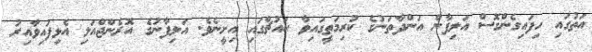
އަތުގައި ހިފައިގެންގޮސް އަލިފާން އަންދާތަނުގެ ކުރިމަތީގައިވާ ކައުޗްގައި އިށީނެވެ. އަލިފާނުގެ އޮރެންޖްއަލި އެޅިފައިވާއިރު